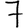
Digit: 7